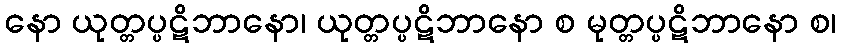
နော ယုတ္တပ္ပဋိဘာနော၊ ယုတ္တပ္ပဋိဘာနော စ မုတ္တပ္ပဋိဘာနော စ၊